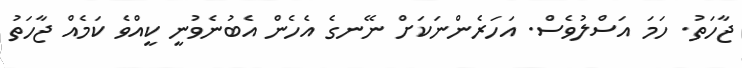
ޖާހަތު. ހަމަ އަސްލުވެސް. އަހަރެންނަކަށް ނޭނގެ އެހެން އެބުނެވުނީ ކީއްވެ ކަމެއް ޖާހަތު